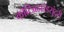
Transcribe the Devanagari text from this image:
कोटिब्रह्मांडसुंदरी